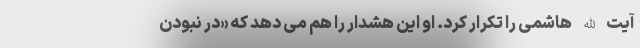
آیت الله هاشمی را تکرار کرد. او این هشدار را هم می دهد که «در نبودن